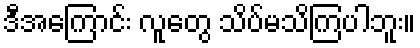
ဒီအကြောင်း လူတွေ သိပ်မသိကြပါဘူး။